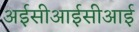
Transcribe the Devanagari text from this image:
अईसीआईसीआई